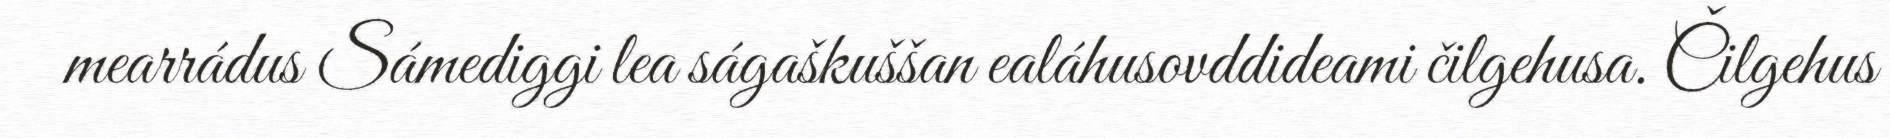
mearrádus Sámediggi lea ságaškuššan ealáhusovddideami čilgehusa. Čilgehus